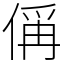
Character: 偁